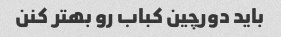
باید دورچین کباب رو بهتر کنن